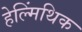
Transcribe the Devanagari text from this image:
हेल्मिंथिक